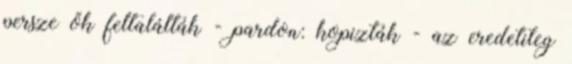
persze ők feltalálták - pardon: kopizták - az eredetileg